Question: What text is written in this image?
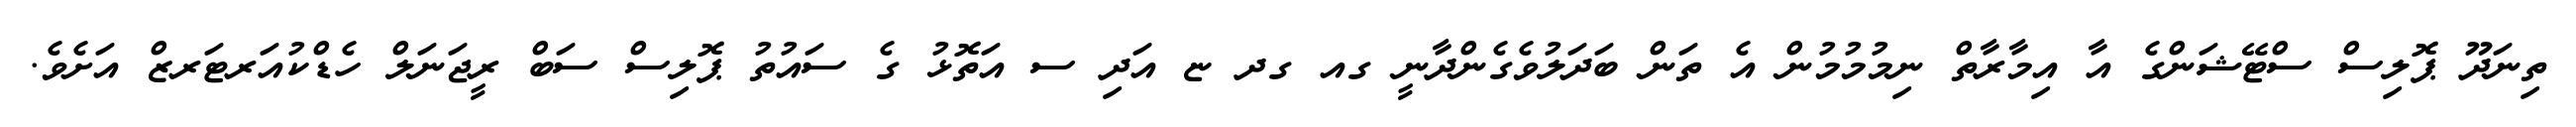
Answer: ތިނަދޫ ޕޮލިސް ސްޓޭޝަންގެ އާ އިމާރާތް ނިމުމުމުން އެ ތަން ބަދަލުވެގެންދާނީ ގއ ގދ ޏ އަދި ސ އަތޮޅު ގެ ސައުތު ޕޮލިސް ސަބް ރީޖަނަލް ހެޑްކުއަރޓަރޒް އަށެވެ.